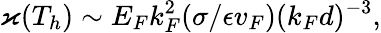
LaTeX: \varkappa(T_{h})\sim E_{F}k_{F}^{2}(\sigma/\epsilon v_{F})(k_{F}d)^{-3},